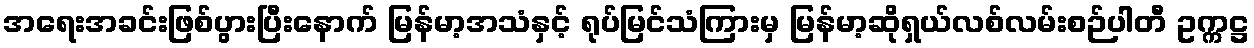
အရေးအခင်းဖြစ်ပွားပြီးနောက် မြန်မာ့အသံနှင့် ရုပ်မြင်သံကြားမှ မြန်မာ့ဆိုရှယ်လစ်လမ်းစဉ်ပါတီ ဥက္ကဋ္ဌ